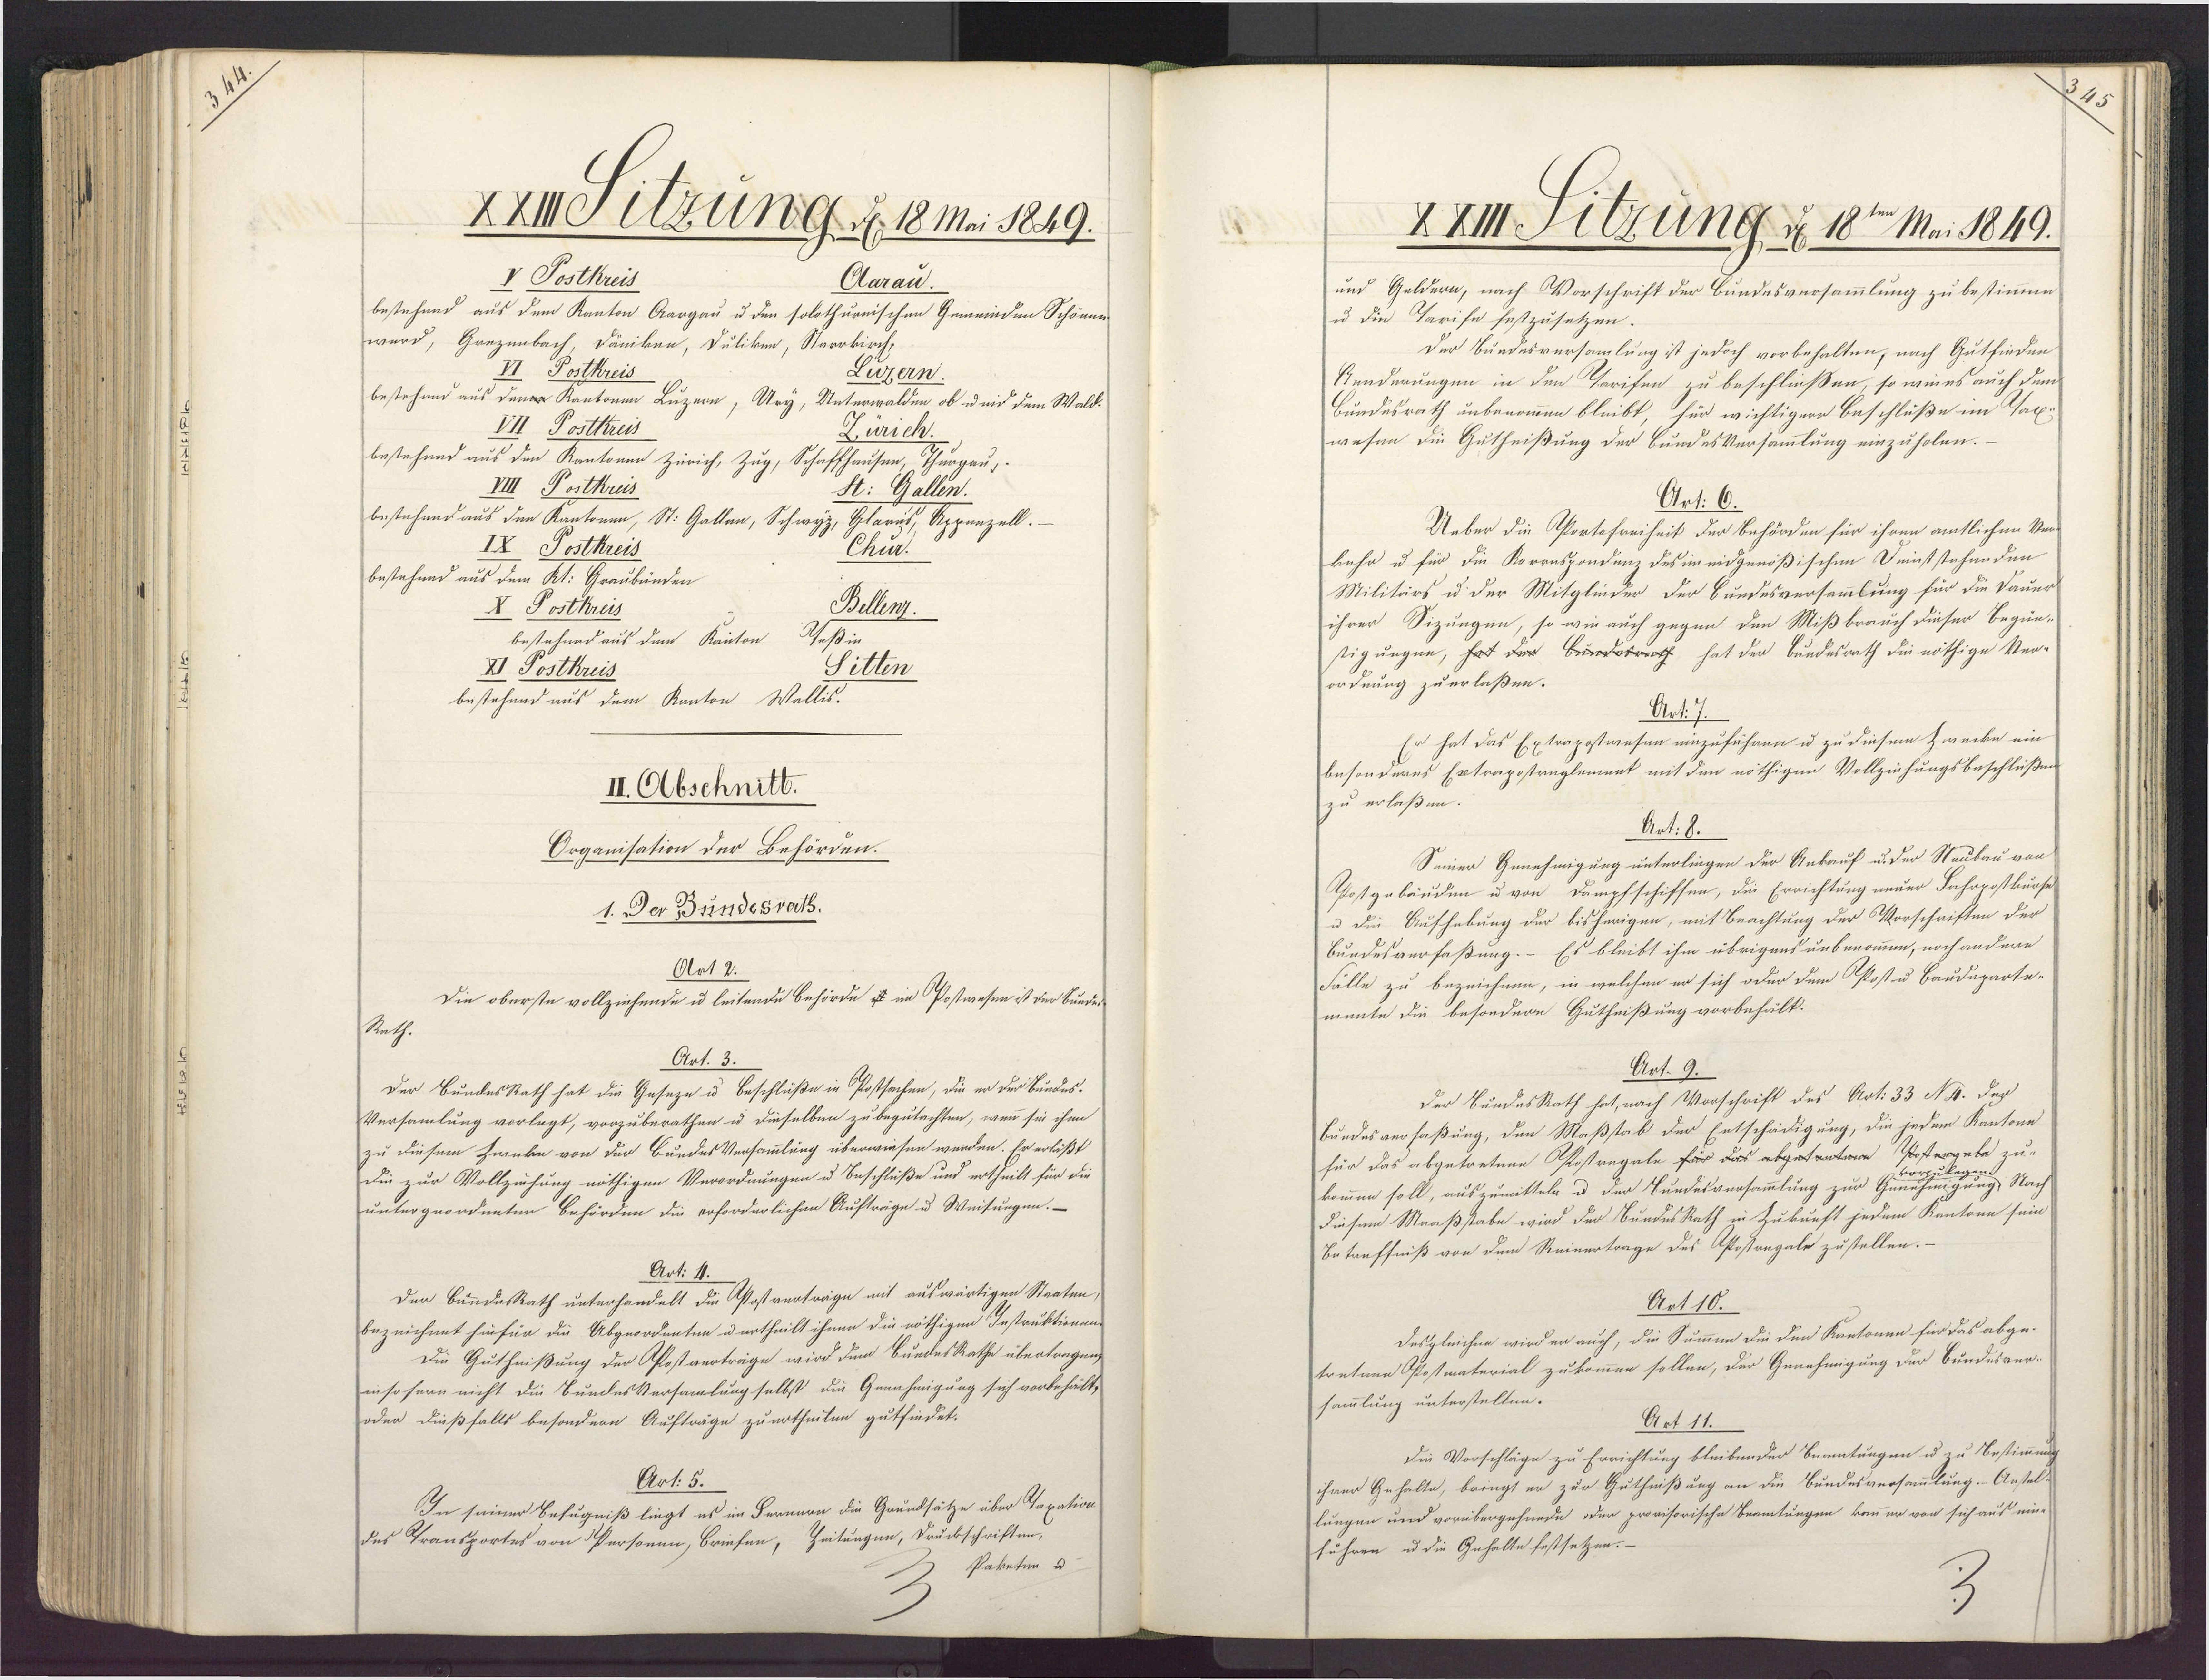
XXIISUzung d. 18 Mai 1849.
V Postkreis
Aarau.
bestehend aus dem Kanton Aargau u den solothurnischen Gemeinden Schönen-
wurd, Grezenbach Däniken, Duliken, Starrkirch,
II Postkreis
Luzern
bestehund aus den Kantonen Luzern, Ury, Unterwalden ob u iid dem Wald.
VII Postkreis
Zürich,
bestehend aus den Kantonen Zürich, Zug, Schaffhausen, Thurgau,
Postkreis
St: Gallen.
bestehend aus den Kantonen, St. Gallen, Schwyz, Glarus, Appenzell.
IX Postkreis
Chur.
bestehend aus dem Kt: Graubünden
Bellenz.
X Postkreis
bestehend aus dem Kanton Weßin
Sitten
XI Postkreis
bestehend aus dem Kanton Wallis.
II. Obschnitt.
Organisation der Behörden.
1. Der Bundesrath.
Art 2.
Die oberste vollziehende u leitende Behörde & im Postwesen ist der Bunde
Rath.
Art. 3.
Der BundesRath hat die Geseze u Beschlüße in Postsachen, die er der Bundes¬
Versamlung vorlegt, vorzuberathen u dieselben zu begutachten, wenn sie ihm
zu diesem Zweke von der BundesVersammlung überwiesen werden. Er erläßt
Die zur Vollzuhung nöthigen Verordnungen u Beschluße und ertheilt für die
untergeordneten Behörden die erforderlichen Aufträge u Weisungen.—
Art: 11.
Der BundesRath unterhandelt die Postverträge mit auswärtigen Staaten,
bezeichnet hinfür die Abgeordenten uertheilt ihnen die nöthigen Instruktionun
Die Guthnißung der Pfostverträge wird dem BuedesRathe übertregen,
in so fern nicht die BundesVersamlung selbst die Genehmigung sich vorbehält,
oder dießfalls besondern Aufträge zuertheilen gutfindet.
Art. 5.
In seiner Befugniß liegt es im Pernern die Grundsätze über Taxation
des Transportes von Personen, Briefen, Zeitungen, Drückschriften,
Pakoten u.

XXIII Fitzung d 18ten Mai 1849.
und Geldern, nach Vorschrift der Bundesversammlung zu bestimmme,
u die Tarife festzusetzen.
Der Bundesversamlung ist jedoch vorbehalten, nach Gutfinden
Renderungen in den Tarifen zu beschließen, so wiees auch dem
Bundesrath unbenommen bleibt, für wichtigere Beschluße im Tax-
wesen die Gutheißung der BundesVersammlung einzuholen.
Art: 6.
Ueber die Portsfreiheit der Behörden für ihren amtlichen Ven-
kehr u für die Korrnspondenz des imeidgenößischen Deinststehenden
Militärs u der Mitglinder der Bundesversammlung für die Dauer
ihrer Sizungen, so wie auch gegen den Mißbrauch dieser Begün-
stigungen, hat der Bunsrath hat der Bundesrath die nöthige Ver-
ordnung zuerlaßen.
Art:
Er hat das Extrapostwesen unzuführen u zu diesem Zwecke ein
besonderes Extrapostraglement mit den nöthigen Vollziehungsbeschlüßen
zu erlaßen.
Art: 8.
Seiner Genehmigung unterlingen der Ankauf u. der Neubau von
Postgebäuden u von Dampfschiffen, die Errichtung neuer Fahrpostkurse
u die Aufhebung der bisherigen, mit Beachtung der Vorschriften der
Bundesverfaßung.- Es bleibt ihm übrigens unbenommen, noch andere
Fälle zu bezeichnen, in welchen er sich oder dem Post u Bauduparte-
munte die besondere Gutheißung vorbehält:
Art. 9.
Der SundesRath hat, nach Vorschrift des Art. 33 NI. dep
Bundesverfaßung, den Maßstab der Entschädigung, die jedem Kantone
für das abgetretene Postregale für das abgetratene Postergete zu-
legen.
gung, Nach
kommen soll, auszumitteln u der Bundesversammlung zur Gün-
diesem Maaßstabe wird der BundesRath in Zukunft jedem Kantone sein
Betreffniß von dem Reinertrage des Apostregale zustellen.-
Art 10.
Desgleichen wird er auch, die Summen die den Kantonen für das abge¬
tretnna Postmaterial zukommen sollen, der Genehmigung der Bundesver-
sammlung unterstellen.
Art 11.
Die Vorschläge zu Errichtung bleibender Beamtungen u zu Bestimmung
ihrer Gehalte, bringt er zur Guthnißung an die Bundesversammlung. - Ansel-
lungen und vorübergeheede oder provisorische Beamtungen kanner von sich aus eine
führen u die Gehalte festsetzen.-

2